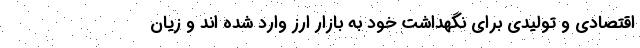
اقتصادی و تولیدی برای نگهداشت خود به بازار ارز وارد شده اند و زیان